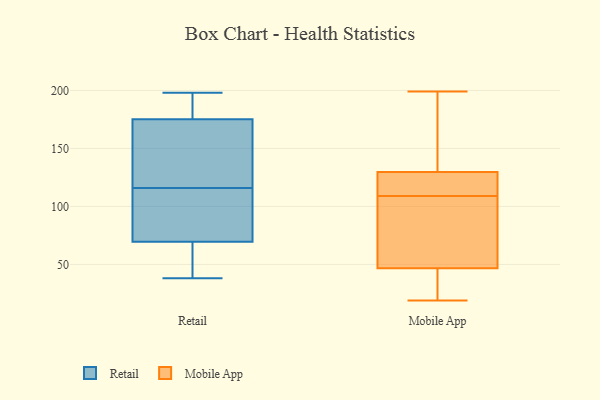
{"axis": {"x": "LTV (USD)", "y": "Value"}, "legend": ["Mobile App", "Retail"], "data": [{"x": "", "y": 164, "type": "Retail"}, {"x": "", "y": 71, "type": "Retail"}, {"x": "", "y": 69, "type": "Retail"}, {"x": "", "y": 198, "type": "Retail"}, {"x": "", "y": 55, "type": "Retail"}, {"x": "", "y": 135, "type": "Retail"}, {"x": "", "y": 192, "type": "Retail"}, {"x": "", "y": 179, "type": "Retail"}, {"x": "", "y": 38, "type": "Retail"}, {"x": "", "y": 188, "type": "Retail"}, {"x": "", "y": 48, "type": "Retail"}, {"x": "", "y": 126, "type": "Retail"}, {"x": "", "y": 104, "type": "Retail"}, {"x": "", "y": 181, "type": "Retail"}, {"x": "", "y": 75, "type": "Retail"}, {"x": "", "y": 152, "type": "Retail"}, {"x": "", "y": 55, "type": "Retail"}, {"x": "", "y": 116, "type": "Retail"}, {"x": "", "y": 105, "type": "Retail"}, {"x": "", "y": 184, "type": "Mobile App"}, {"x": "", "y": 28, "type": "Mobile App"}, {"x": "", "y": 130, "type": "Mobile App"}, {"x": "", "y": 121, "type": "Mobile App"}, {"x": "", "y": 171, "type": "Mobile App"}, {"x": "", "y": 44, "type": "Mobile App"}, {"x": "", "y": 189, "type": "Mobile App"}, {"x": "", "y": 110, "type": "Mobile App"}, {"x": "", "y": 121, "type": "Mobile App"}, {"x": "", "y": 19, "type": "Mobile App"}, {"x": "", "y": 36, "type": "Mobile App"}, {"x": "", "y": 59, "type": "Mobile App"}, {"x": "", "y": 49, "type": "Mobile App"}, {"x": "", "y": 199, "type": "Mobile App"}, {"x": "", "y": 89, "type": "Mobile App"}, {"x": "", "y": 129, "type": "Mobile App"}, {"x": "", "y": 58, "type": "Mobile App"}, {"x": "", "y": 46, "type": "Mobile App"}, {"x": "", "y": 109, "type": "Mobile App"}]}